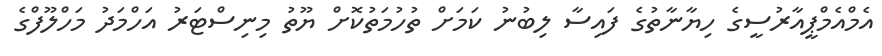
އެމްއެމްޕީއާރުސީގެ ހިޔާނާތުގެ ފައިސާ ލިބުނު ކަމަށް ތުހުމަތުކޮށް ޔޫތު މިނިސްޓަރު އަހްމަދު މަހްލޫފްގެ